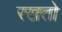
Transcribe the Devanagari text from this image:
रखतो